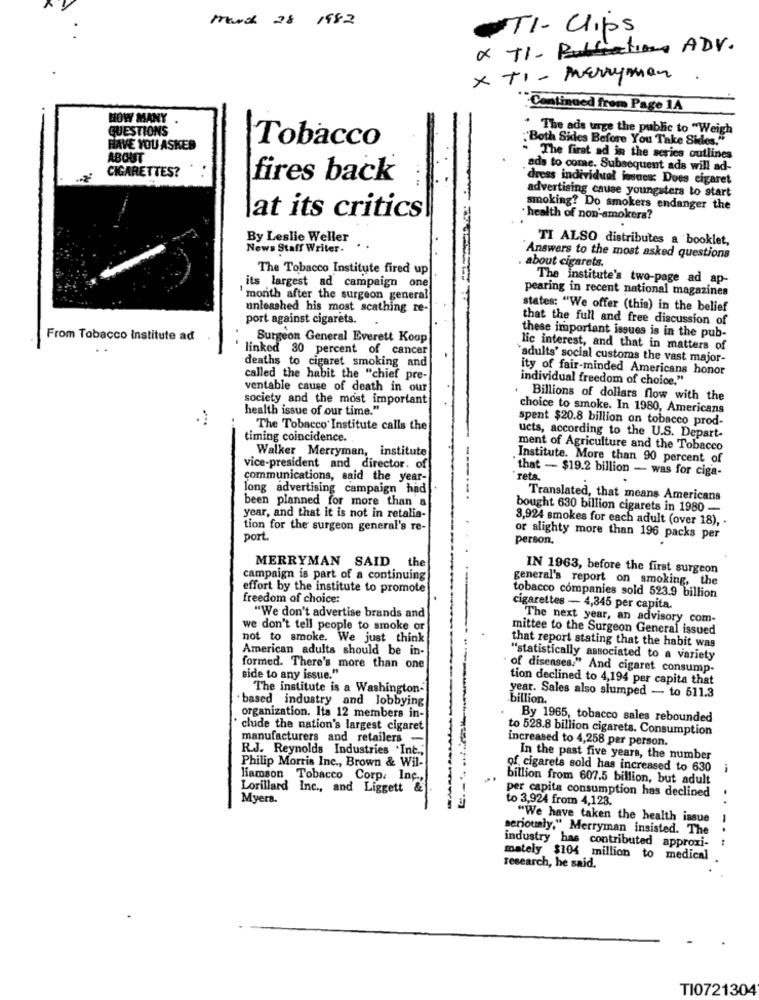
March 28 1982
TI- Clips
x +1- Pubfection ADV.
× TI - Perryman.
"Continued from Page 1A
HOW MANY
QUESTIONS
* The ads urge the public to "Weigh
Tobacco
"Both Sides Before You Take Sides."
HAVE YOU ASKED
ABOUT
The first ad in the series outlines
ads to come. Subsequent ads will ad-
CIGARETTES?
fires back
dress individual issues: Does cigaret
advertising cause youngsters to start
at its critics
smoking? Do smokers endanger the
· health of non-smokers?
.
By Leslie Weller
TI ALSO distributes a booklet,
News Staff Writer-
`Answers to the most asked questions
The Tobacco Institute fired up
about cigarets.
its largest ad campaign one
The institute's two-page ad ap-
pearing in recent national magazines
' month after the surgeon general
unleashed his most scathing re-
states: "We offer (this) in the belief
port against cigarets.
that the full and free discussion of
From Tobacco Institute ad
Surgeon General Everett Koop
these important issues is in the pub-
. .
linked 30 percent of cancer
lic interest, and that in matters of
`adults' social customs the vast major-
deaths to cigaret smoking and
ity of fair-minded Americans honor
called the habit the "chief pre-
individual freedom of choice."
ventable cause of death in our
society and the most important
. Billions of dollars flow with the
health issue of our time."
choice to smoke. In 1980, Americans
spent $20.8 billion on tobacco prod-
The Tobacco' Institute calls the
timing coincidence.
ucts, according to the U.S. Depart-
Walker Merryman, institute
ment of Agriculture and the Tobacco
Institute. More than 90 percent of
vice-president and director. of
"that - $19.2 billion - was for ciga-
communications, said the year-
reta.
long advertising campaign had
been planned for more than a
Translated, that means Americans
bought 630 billion cigarets in 1980 -
year, and that it is not in retalia-
3,924 smokes for each adult (over 18), ·
tion for the surgeon general's re-
port.
or slighty more than 196 packs per
person.
MERRYMAN SAID the
IN 1963, before the first surgeon
campaign is part of a continuing
general's report on smoking, the
effort by the institute to promote
freedom of choice:
tobacco companies sold 523.9 billion
cigarettes - 4,345 per capita.
"We don't advertise brands and
The next year, an advisory com-
we don't tell people to smoke or
mittee to the Surgeon General issued
not to smoke. We just think
that report stating that the habit was
American adults should be in-
"statistically associated to a variety
formed. There's more than one
of diseases:" And cigaret consump
side to any issue."
tion declined to 4,194 per capita that
The institute is a Washington-
based industry and lobbying
year. Sales also slumped - to 511.3
billion.
organization. Its 12 members in-
By 1965, tobacco sales rebounded
clude the nation's largest cigaret
to 528.8 billion cigarets. Consumption
manufacturers and retailers-
increased to 4,258 per person.
R.J. Reynolds Industries .Int .;
Philip Morris Inc ., Brown & Wil-
In the past five years, the number
of cigarets sold has increased to 630
-
liamson Tobacco Corp: Inc .,
billion from 607.5 billion, but adult
Lorillard Inc ., and Liggett &
Myers.
per capita consumption has declined
to 3,924 from 4,123.
"We have taken the health issue
seriously," Merryman insisted. The
-- -
industry has contributed approxi-
mately $104 million to medical
research, he said.
TI0721304